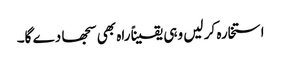
استخارہ کر لیں وہی یقیناً راہ بھی سجھا دے گا۔